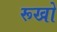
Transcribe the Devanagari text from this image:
रूखो